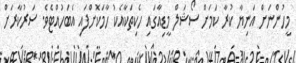
މީހުންނަށް އަނިޔާ ކުރާ ކަމަށް ސޯޝަލް މީޑިއާގައި ހެކިތަކާއެކު ހާމަކޮށްފައި އެބަހުއްޓެވެ. ސަރުކާރަށް